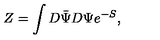
Z = \int D \bar { \Psi } D \Psi e ^ { - S } ,